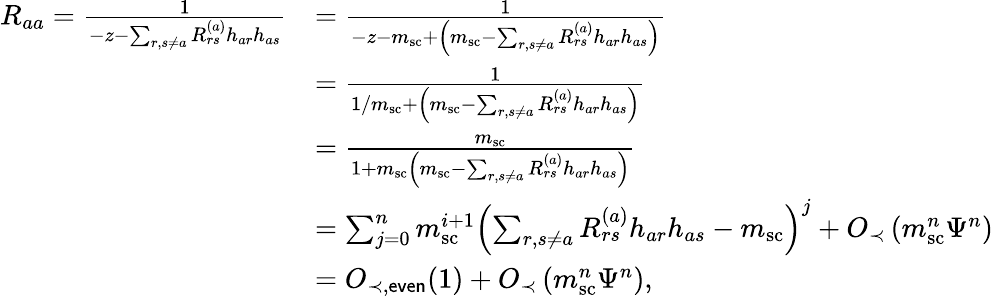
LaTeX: \begin{array}{rl}{R_{aa}=\frac{1}{-z-\sum_{r,s\neq a}R_{rs}^{(a)}h_{ar}h_{as}}}&{=\frac{1}{-z-m_{\mathrm{sc}}+\left(m_{\mathrm{sc}}-\sum_{r,s\neq a}R_{rs}^{(a)}h_{ar}h_{as}\right)}}\\ &{=\frac{1}{1/m_{\mathrm{sc}}+\left(m_{\mathrm{sc}}-\sum_{r,s\neq a}R_{rs}^{(a)}h_{ar}h_{as}\right)}}\\ &{=\frac{m_{\mathrm{sc}}}{1+m_{\mathrm{sc}}\left(m_{\mathrm{sc}}-\sum_{r,s\neq a}R_{rs}^{(a)}h_{ar}h_{as}\right)}}\\ &{=\sum_{j=0}^{n}m_{\mathrm{sc}}^{i+1}\left(\sum_{r,s\neq a}R_{rs}^{(a)}h_{ar}h_{as}-m_{\mathrm{sc}}\right)^{j}+O_{\prec}\left(m_{\mathrm{sc}}^{n}\Psi^{n}\right)}\\ &{=O_{\prec,\mathsf{even}}(1)+O_{\prec}\left(m_{\mathrm{sc}}^{n}\Psi^{n}\right),}\end{array}